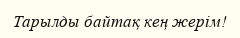
Тарылды байтақ кең жерім!